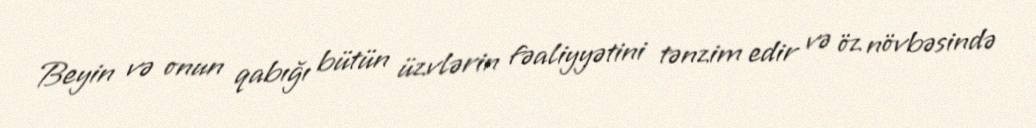
Beyin və onun qabığı bütün üzvlərin fəaliyyətini tənzim edir və öz növbəsində